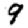
Digit: 9